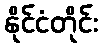
နိုင်ငံတိုင်း